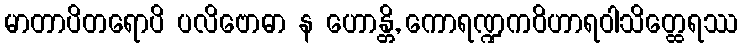
မာတာပိတရောပိ ပလိဗောဓာ န ဟောန္တိ, ကောရဏ္ဍကဝိဟာရဝါသိတ္ထေရဿ